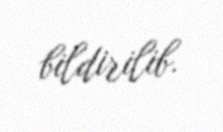
bildirilib.